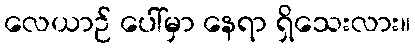
လေယာဉ် ပေါ်မှာ နေရာ ရှိသေးလား။